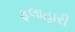
ફલાહારી